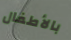
بالأطفال